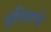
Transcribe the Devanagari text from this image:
इंदिसचे